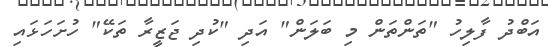
އަބްދު ފާލިހު "ތަންތަން މި ބަލަން" އަދި "ކުދި ޖަޒީރާ ތަކޭ" ހުށަހަޅައި